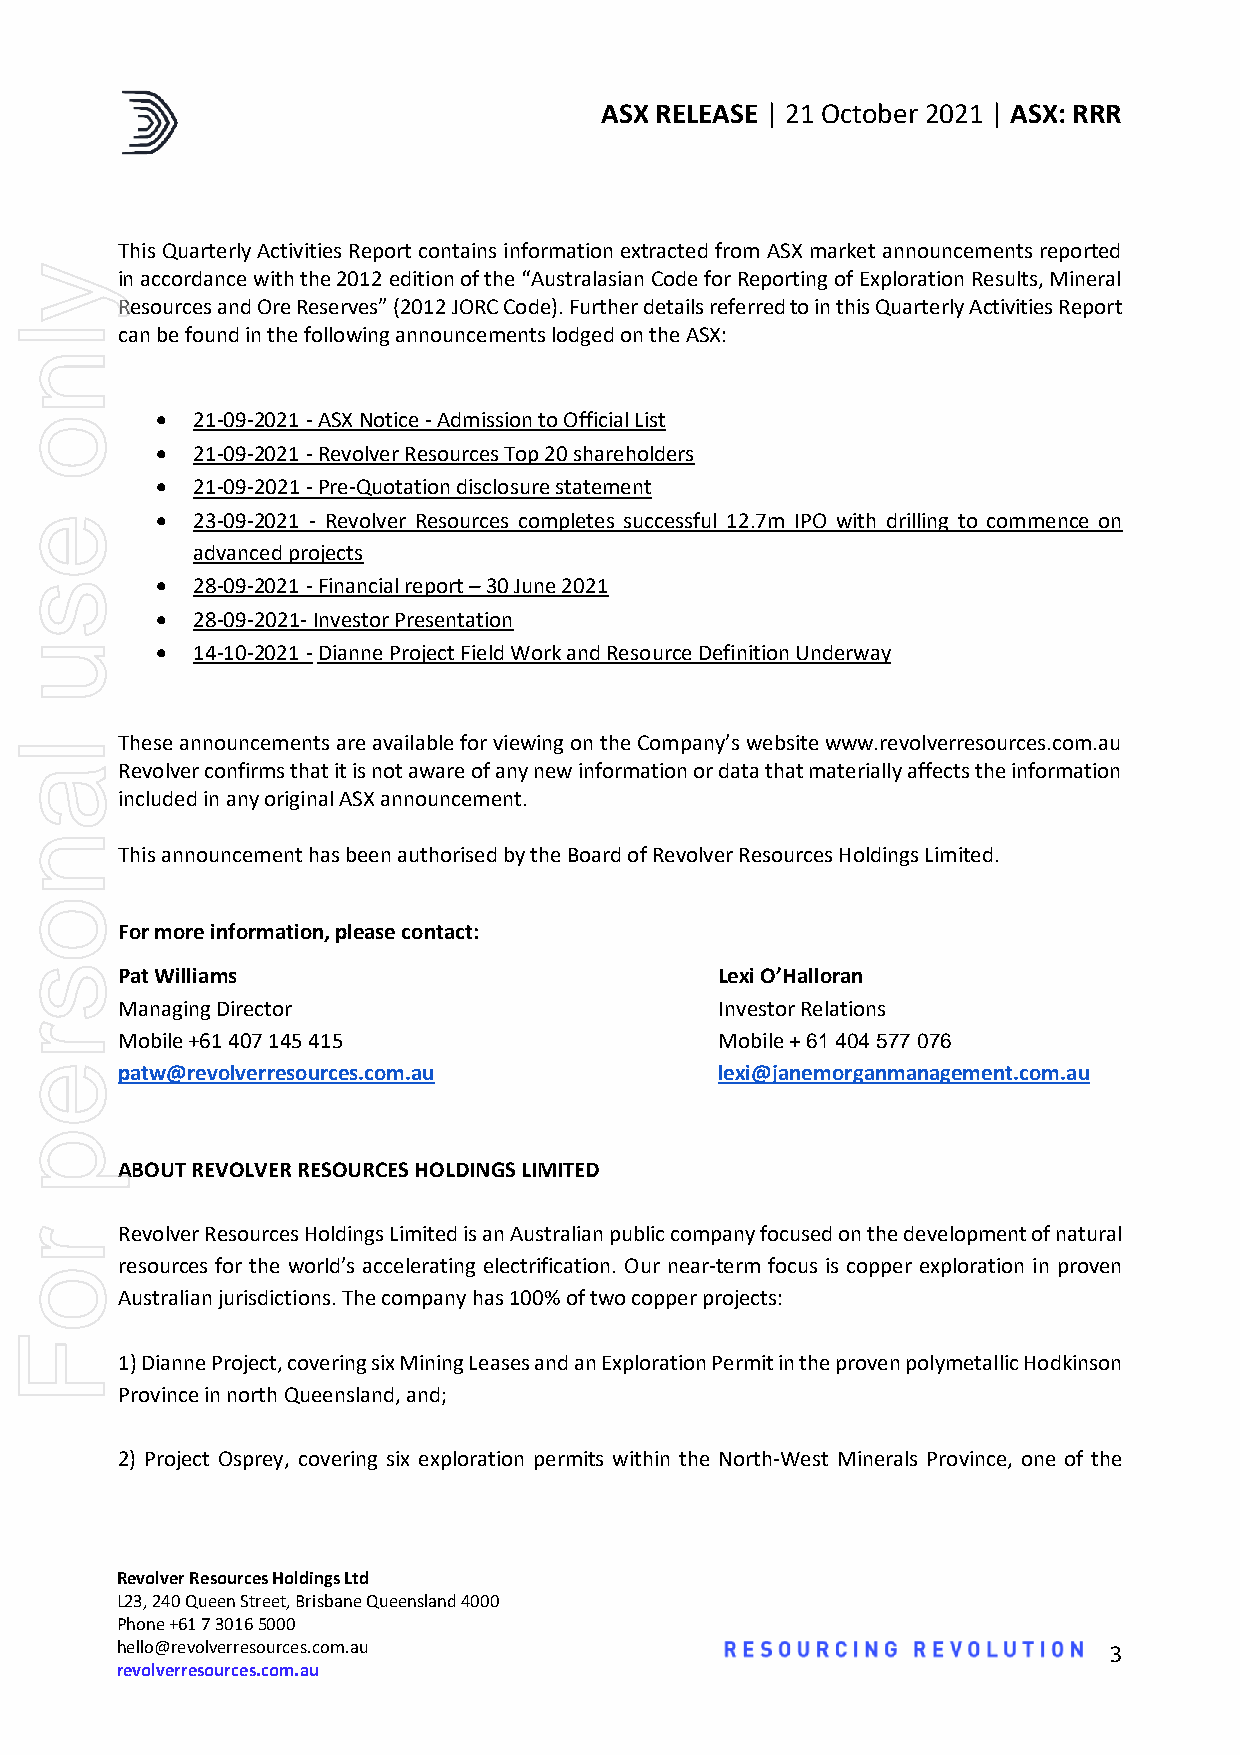
ASX RELEASE | 21 October 2021 | ASX: RRR
 This Quarterly Activities Report contains information extracted from ASX market announcements reported
 in accordance with the 2012 edition of the “Australasian Code for Reporting of Exploration Results, Mineral
 Resources and Ore Reserves” (2012 JORC Code). Further details referred to in this Quarterly Activities Report
 can be found in the following announcements lodged on the ASX:
 •  21-09-2021 - ASX Notice - Admission to Official List
 •  21-09-2021 - Revolver Resources Top 20 shareholders
 •  21-09-2021 - Pre-Quotation disclosure statement
 •  23-09-2021 - Revolver Resources completes successful 12.7m IPO with drilling to commence on
 advanced projects
 •  28-09-2021 - Financial report – 30 June 2021
 •  28-09-2021- Investor Presentation
 •  14-10-2021 - Dianne Project Field Work and Resource Definition Underway
 These announcements are available for viewing on the Company’s website www.revolverresources.com.au
 Revolver confirms that it is not aware of any new information or data that materially affects the information
 included in any original ASX announcement.
 This announcement has been authorised by the Board of Revolver Resources Holdings Limited.
 For more information, please contact:
 Pat Williams                            Lexi O’Halloran
 Managing Director                       Investor Relations
 Mobile +61 407 145 415                  Mobile + 61 404 577 076
 patw@revolverresources.com.au           lexi@janemorganmanagement.com.au
 ABOUT REVOLVER RESOURCES HOLDINGS LIMITED
 Revolver Resources Holdings Limited is an Australian public company focused on the development of natural
 resources for the world’s accelerating electrification. Our near-term focus is copper exploration in proven
 Australian jurisdictions. The company has 100% of two copper projects:
 1) Dianne Project, covering six Mining Leases and an Exploration Permit in the proven polymetallic Hodkinson
 Province in north Queensland, and;
 2) Project Osprey, covering six exploration permits within the North-West Minerals Province, one of the
 Revolver Resources Holdings Ltd
 L23, 240 Queen Street, Brisbane Queensland 4000
 Phone +61 7 3016 5000
 hello@revolverresources.com.au
 3
 revolverresources.com.au | ASX: REV
 ylno
 esu
 lanosrep
 roF